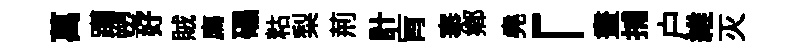
萬躪塑好賊廌礧䊀梨荊計肓搴鄉堯「畫捕户維灭